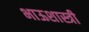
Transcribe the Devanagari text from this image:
भाऊशास्त्री